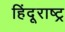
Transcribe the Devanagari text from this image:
हिंदूराष्ट्र